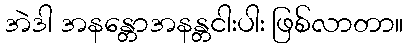
အဲဒါ အနန္တောအနန္တငါးပါး ဖြစ်လာတာ။